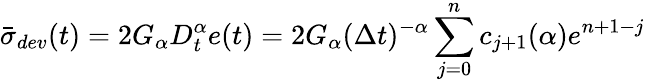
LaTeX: \bar{\sigma}_{dev}(t)=2G_{\alpha}D_{t}^{\alpha}e(t)=2G_{\alpha}(\Delta t)^{-\alpha}\sum_{j=0}^{n}c_{j+1}({\alpha})e^{n+1-j}